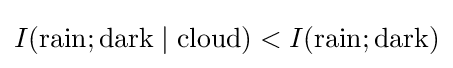
I({\text{rain}};{\text{dark}}\mid {\text{cloud}})<I({\text{rain}};{\text{dark}})